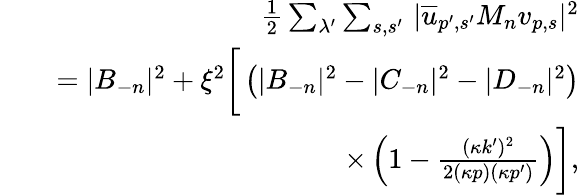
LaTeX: \begin{array}{rlr}&{}&{\frac{1}{2}\sum_{\lambda^{\prime}}\sum_{s,s^{\prime}}\, |\overline{{u}}_{p^{\prime},s^{\prime}}M_{n}v_{p,s}|^{2}}\\ &{}&{=|B_{-n}|^{2}+\xi^{2}\bigg[\left(|B_{-n}|^{2}-|C_{-n}|^{2}-|D_{-n}|^{2}\right)}\\ &{}&{\times\left(1-\frac{(\kappa k^{\prime})^{2}}{2(\kappa p)(\kappa p^{\prime})}\right)\bigg],}\end{array}